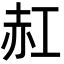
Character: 䞑